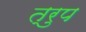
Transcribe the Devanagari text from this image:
त्रुप